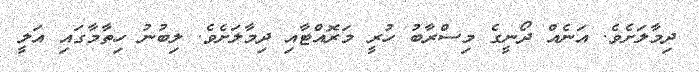
ދިމާލަށެވެ. އަނެއް ދޯނީގެ މިސްރާބު ހުރީ މަރޮއްޓާއި ދިމާލަށެވެ. ލިބުނު ހިތާމާގައި އަލީ